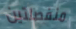
منفصلتين